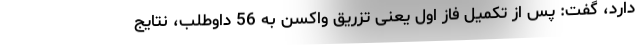
دارد، گفت: پس از تکمیل فاز اول یعنی تزریق واکسن به 56 داوطلب، نتایج